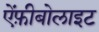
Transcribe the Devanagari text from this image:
ऐंफ़ीबोलाइट